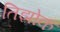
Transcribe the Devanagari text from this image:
तिझोक